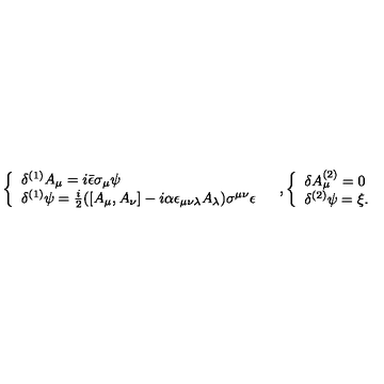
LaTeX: \begin{array} { c c } { \left\{ \begin{array} { l } { \delta ^ { ( 1 ) } A _ { \mu } = i \bar { \epsilon } \sigma _ { \mu } \psi } \\ { \delta ^ { ( 1 ) } \psi = \frac { i } { 2 } ( [ A _ { \mu } , A _ { \nu } ] - i \alpha \epsilon _ { \mu \nu \lambda } A _ { \lambda } ) \sigma ^ { \mu \nu } \epsilon } \\ \end{array} \right. } & { \mathrm { , } \left\{ \begin{array} { l } { \delta A _ { \mu } ^ { ( 2 ) } = 0 } \\ { \delta ^ { ( 2 ) } \psi = \xi . } \\ \end{array} \right. } \\ \end{array}